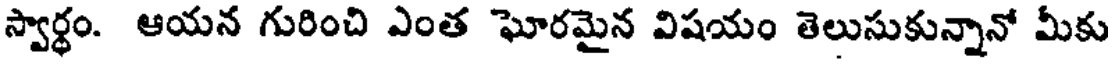
స్వార్థం. ఆయన గురించి ఎంత ఘోరమైన విషయం తెలుసుకున్నానో మీకు